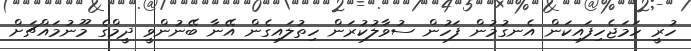
ހުރީ ހަމަޖެހިފައިކަން އެނގުމުން ފަހުން ސުވާލުކުރަން ހިތުލައިގެން އޭނާ ބޭނުންވީ ދީމްގެ މޫނުމައްޗަށް